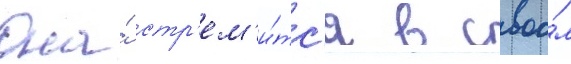
Она́ стр'ем'и́тс'я в своо́м